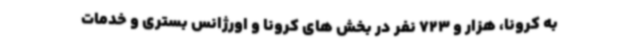
به کرونا، هزار و 723 نفر در بخش های کرونا و اورژانس بستری و خدمات